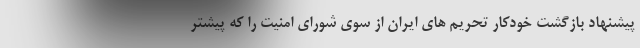
پیشنهاد بازگشت خودکار تحریم های ایران از سوی شورای امنیت را که پیشتر